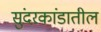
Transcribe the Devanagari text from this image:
सुंदरकांडातील